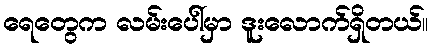
ရေတွေက လမ်းပေါ်မှာ ဒူးလောက်ရှိတယ်။